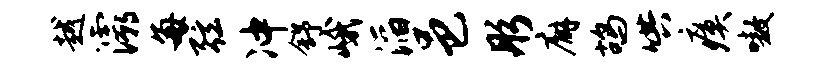
越灞每弦冲舒峨滔邑彤廨鸪哄瘼嗷